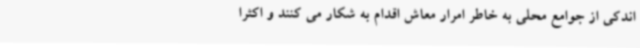
اندکی از جوامع محلی به خاطر امرار معاش اقدام به شکار می کنند و اکثرا